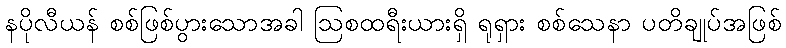
နပိုလီယန် စစ်ဖြစ်ပွားသောအခါ ဩစထရီးယားရှိ ရုရှား စစ်သေနာ ပတိချုပ်အဖြစ်